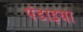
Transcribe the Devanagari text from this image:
पंडाइया